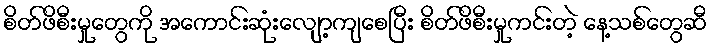
စိတ်ဖိစီးမှုတွေကို အကောင်းဆုံးလျော့ကျစေပြီး စိတ်ဖိစီးမှုကင်းတဲ့ နေ့သစ်တွေဆီ